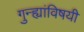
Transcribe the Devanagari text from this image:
गुन्ह्यांविषयी